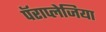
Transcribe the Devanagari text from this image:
पॅराप्लेजिया